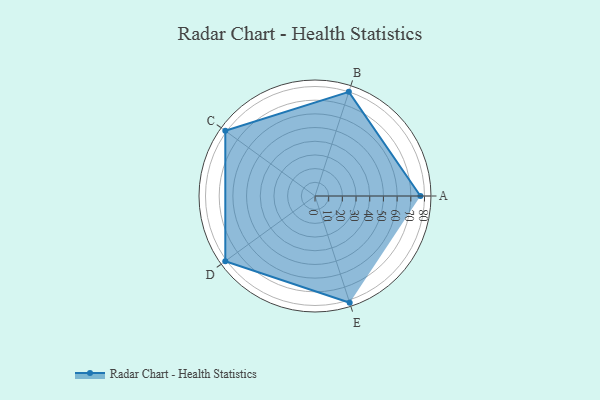
{"axis": {"x": "Skill", "y": "Score"}, "legend": ["Profile"], "data": [{"x": "A", "y": 77.0, "type": "Profile"}, {"x": "B", "y": 80.0, "type": "Profile"}, {"x": "C", "y": 81.0, "type": "Profile"}, {"x": "D", "y": 81.0, "type": "Profile"}, {"x": "E", "y": 82.0, "type": "Profile"}]}